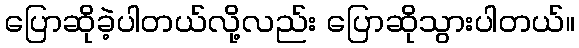
ပြောဆိုခဲ့ပါတယ်လို့လည်း ပြောဆိုသွားပါတယ်။